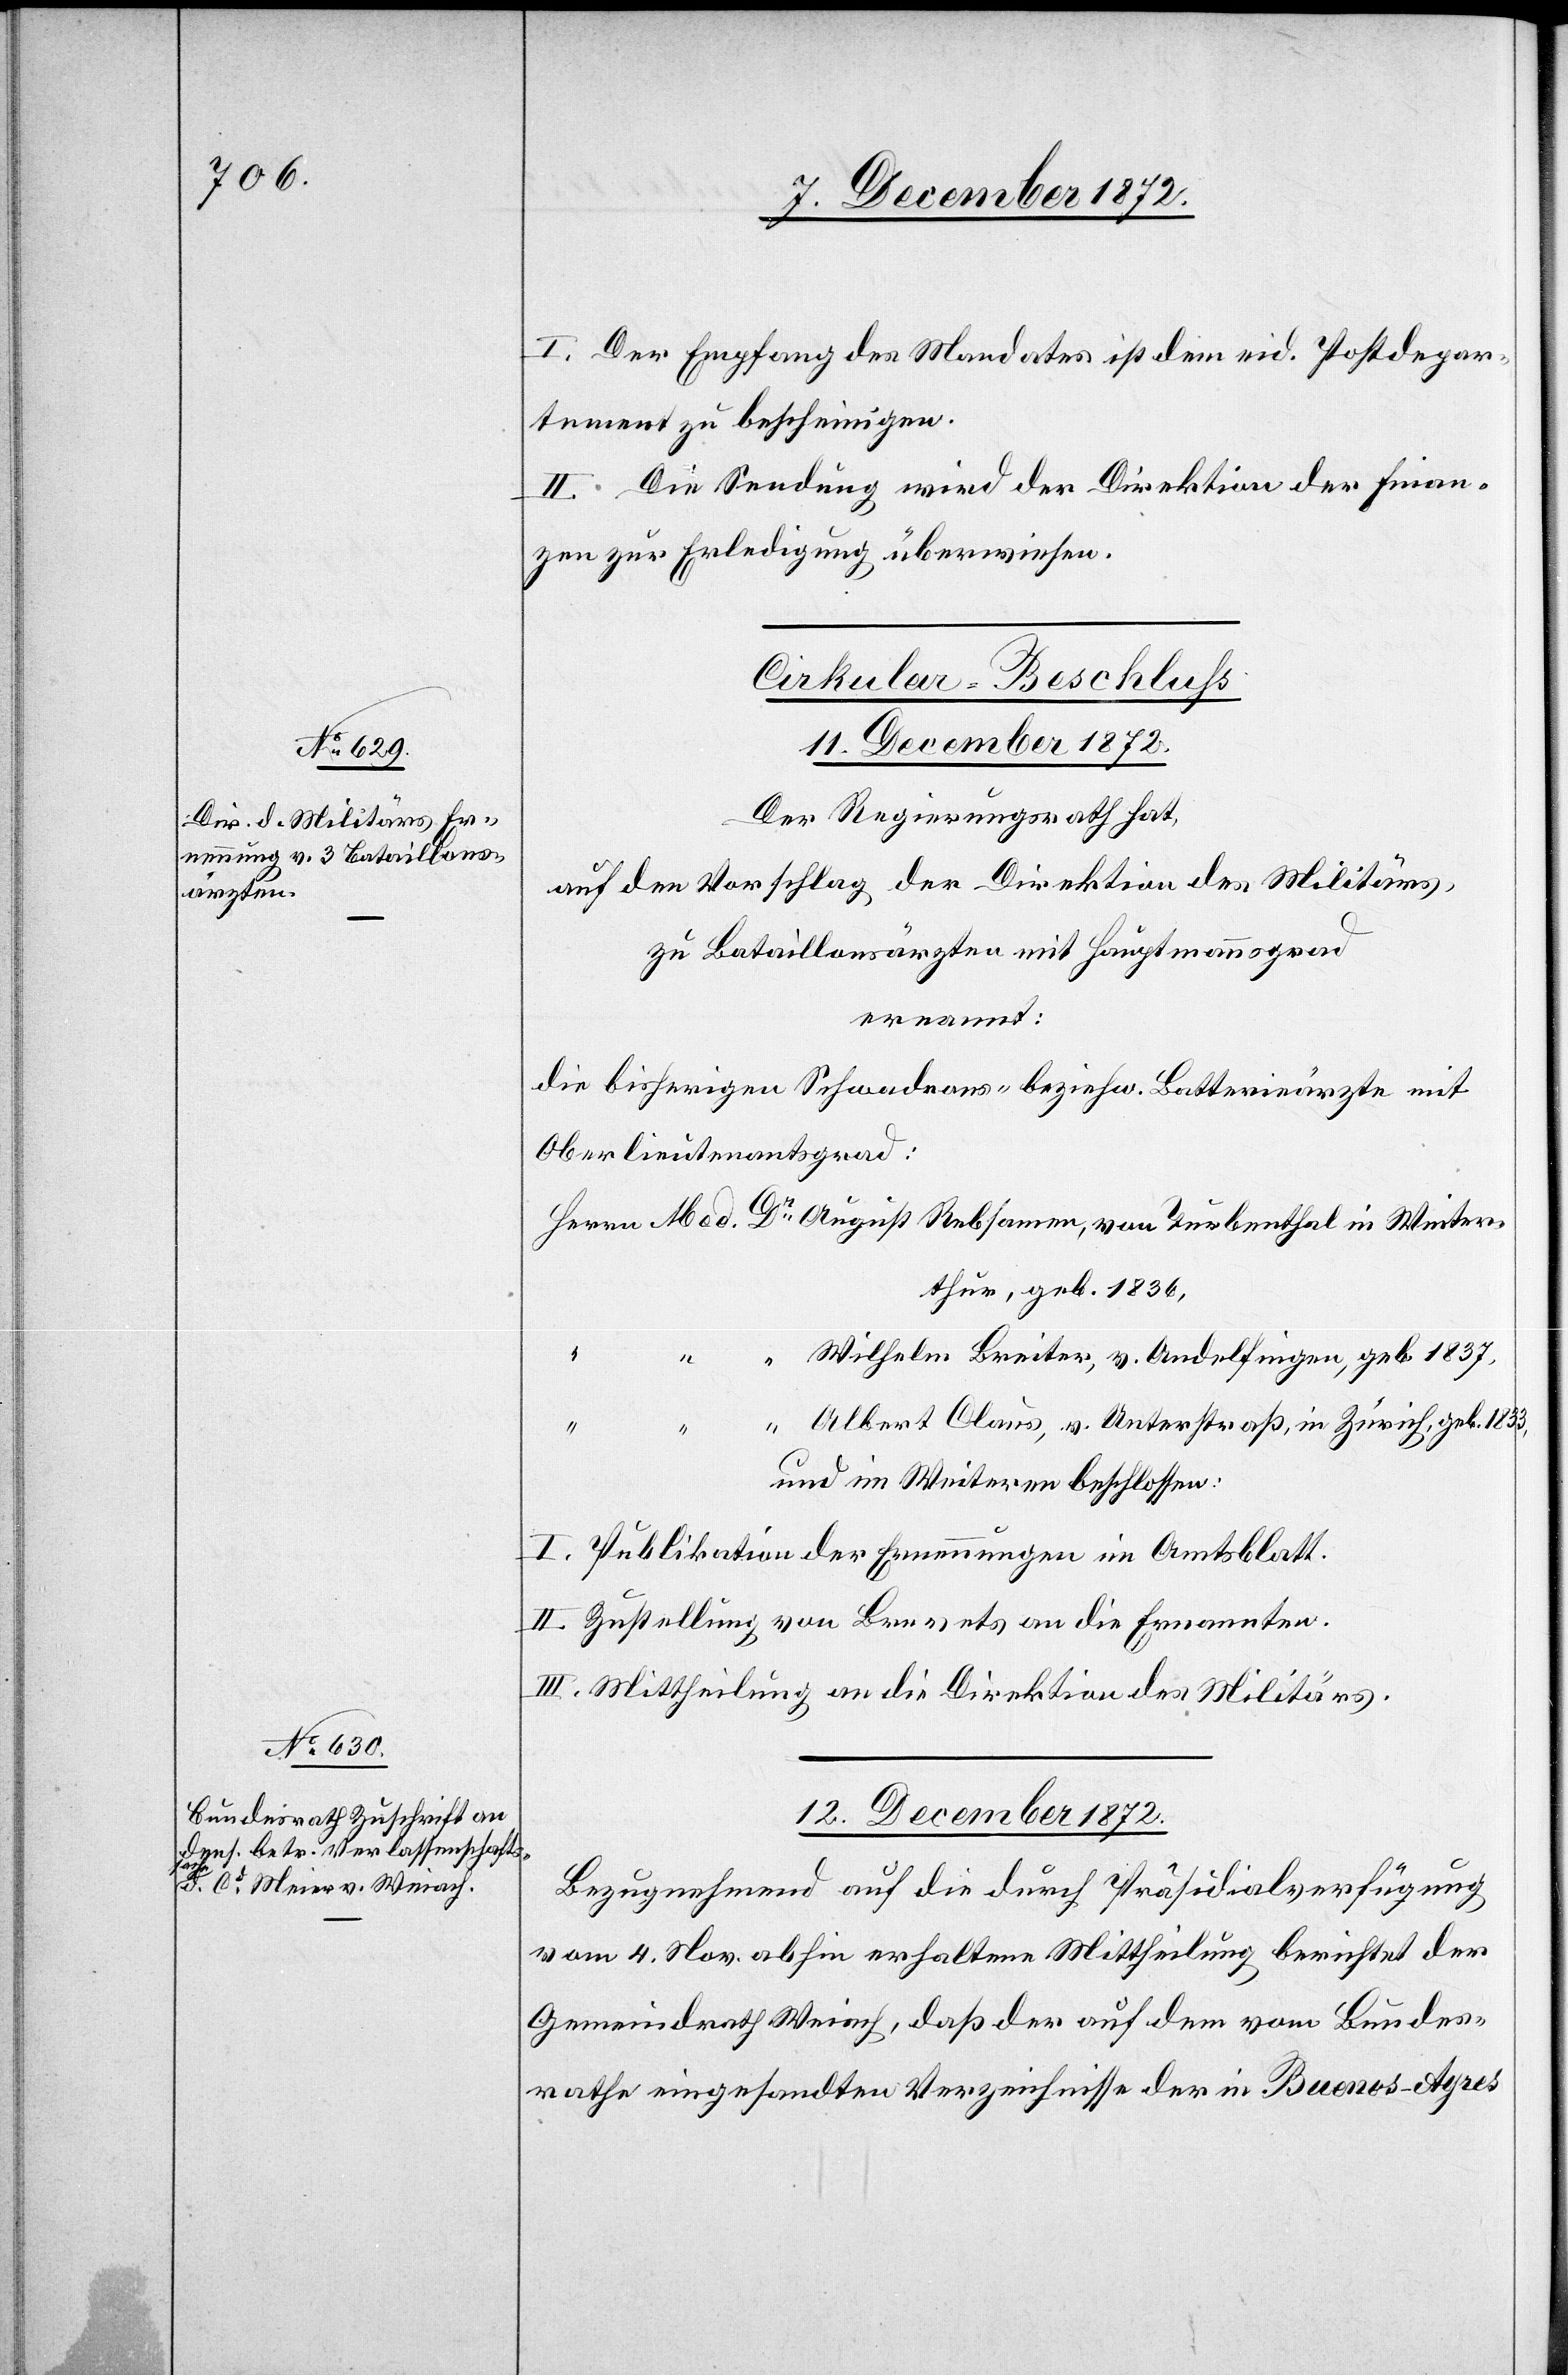
I. Der Empfang des Mandates ist dem eid. Postdepar¬
tement zu bescheinigen.
II. Die Sendung wird der Direktion der Finan¬
zen zur Erledigung überwiesen.
Turbenthal in Winter¬
11. December 1872.
Der Regierungsrath hat,
auf den Vorschlag der Direktion des Militärs,
zu Bataillonsärzten mit Hauptmannsgrad
ernannt:
die bisherigen Schwadrons- beziehw. Batterieärzte mit
Oberlieutenantsgrad:
thur, geb. 1836,
“
Wilhelm Breiter, v. Andelfingen, geb. 1837,
Albert Claus, v. Unterstraß, in Zürich, geb. 1833,
und im Weiteren beschlossen:
I. Publikation der Ernennungen im Amtsblatt.
II. Zustellung von Brevets an die Ernannten.
III. Mittheilung an die Direktion des Militärs.
12. December 1872.
Bezugnehmend auf die durch Präsidialverfügung
vom 4. Nov. abhin erhaltene Mittheilung berichtet der
Gemeindrath Weiach, daß der auf dem vom Bundes¬
rathe eingesandten Verzeichnisse der in Buenos-Ayres